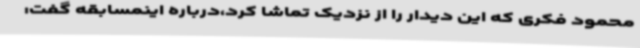
محمود فکری که این دیدار را از نزدیک تماشا کرد،درباره اینمسابقه گفت: